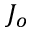
J _ { o }